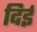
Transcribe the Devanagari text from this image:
दिई